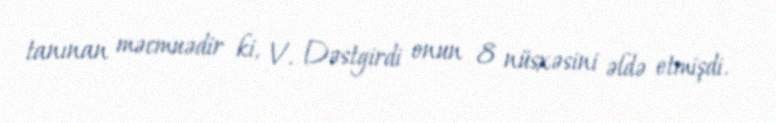
tanınan məcmuədir ki, V. Dəstgirdi onun 8 nüsxəsini əldə etmişdi.